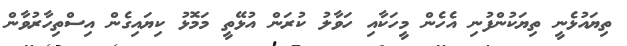
ތިޔައުޅެނީ ތިޔަކުންފުނި އެހެން މީހަކާއި ހަވާލު ކުރަން އުޅޭތީ މަމޮޅު ކިޔައިގެން އިސްތިހާރުވާން